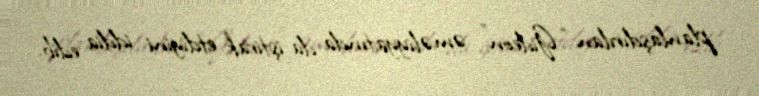
planlaşdırılan “Gideon” əməliyyatında da iştirak etdiyini iddia edib.